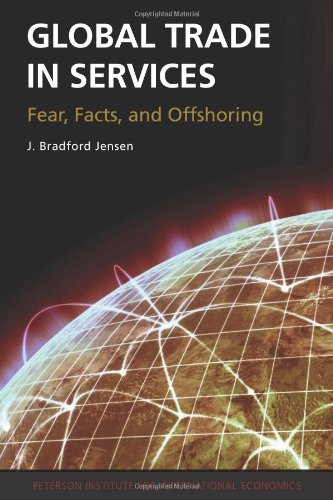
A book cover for Global Trade in Services: Fear, Facts, and Offshoring; J. Bradford Jensen; Business & Money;